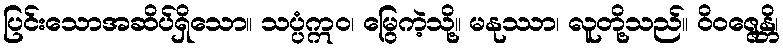
ပြင်းသောအဆိပ်ရှိသော။ သပ္ပံဣဝ၊ မြွေကဲ့သို့။ မနုဿာ၊ လူတို့သည်။ ဝိဝဇ္ဇေန္တိ၊